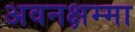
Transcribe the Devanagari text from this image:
अवनक्षम्मा